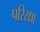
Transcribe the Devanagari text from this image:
परिरक्षा